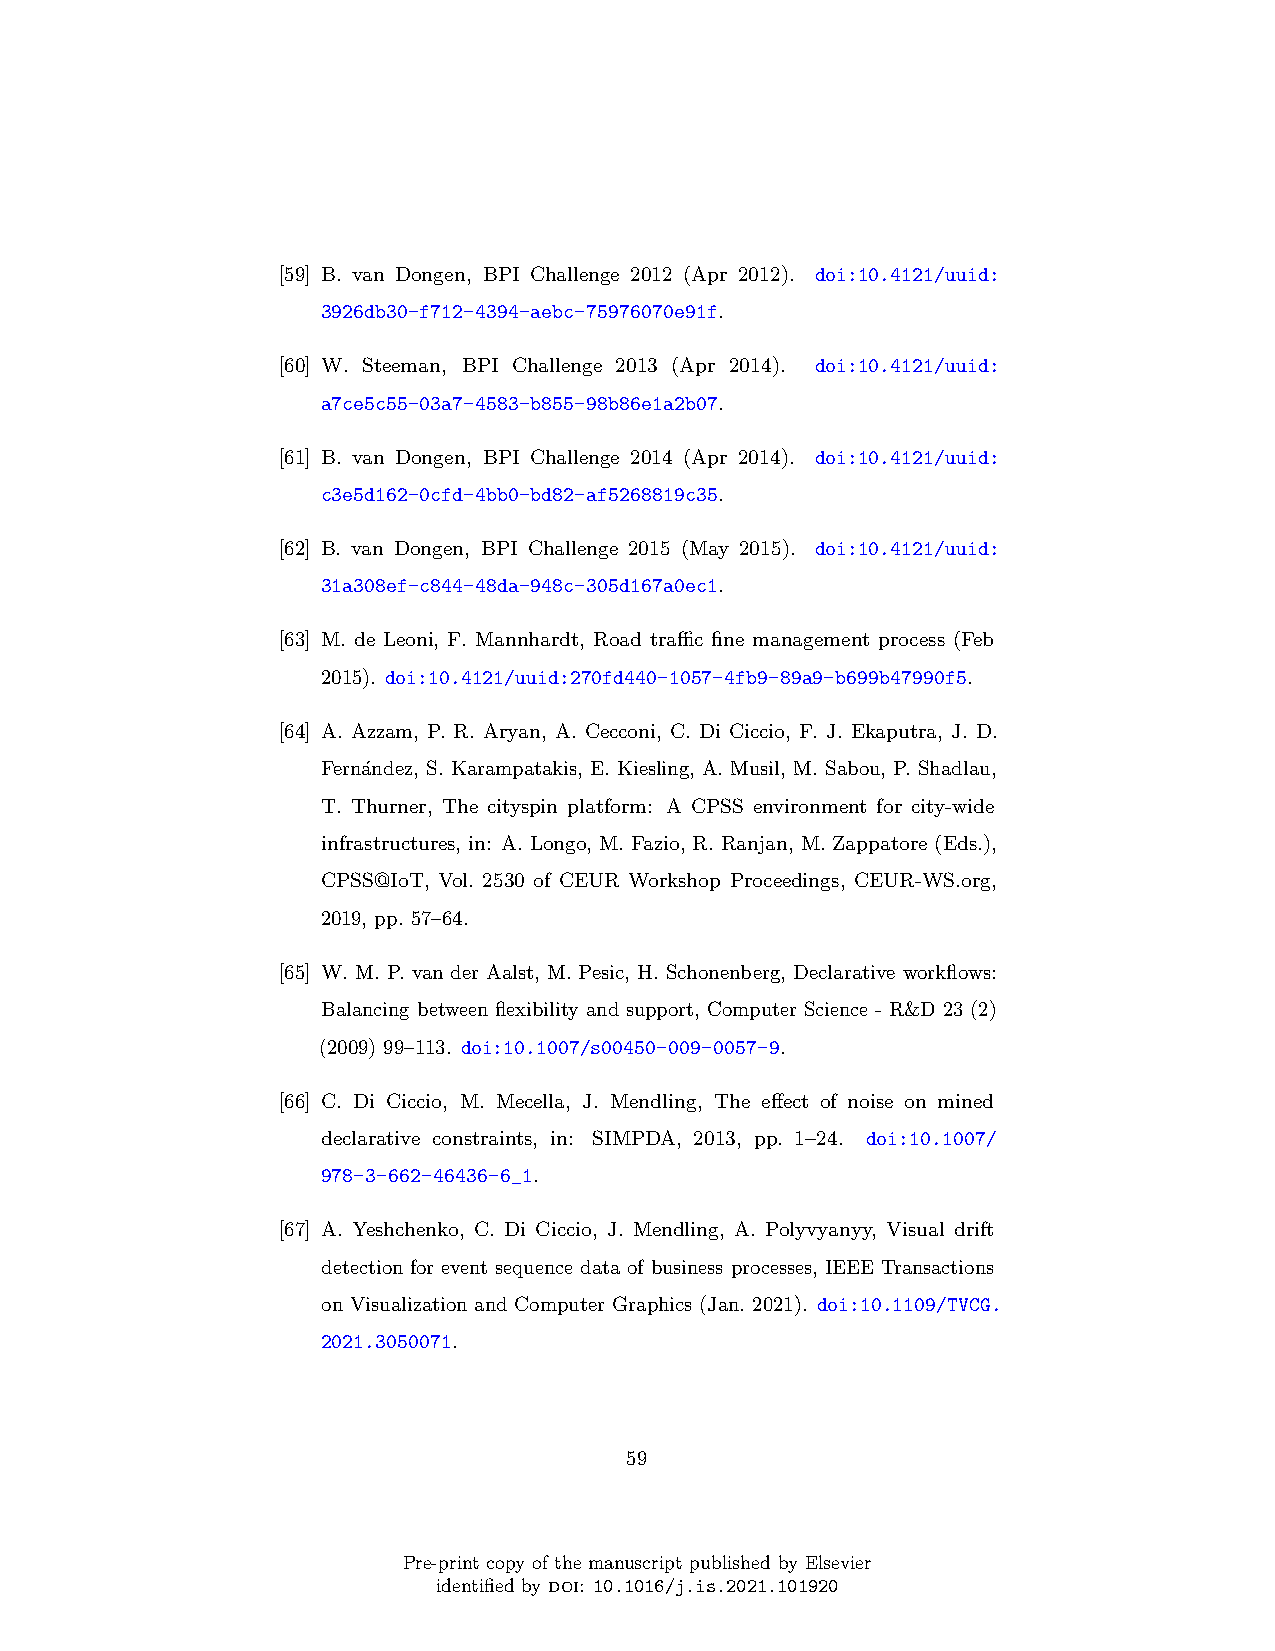
[59] B. van Dongen, BPI Challenge 2012 (Apr 2012). doi:10.4121/uuid:
 3926db30-f712-4394-aebc-75976070e91f.
 [60] W. Steeman, BPI Challenge 2013 (Apr 2014). doi:10.4121/uuid:
 a7ce5c55-03a7-4583-b855-98b86e1a2b07.
 [61] B. van Dongen, BPI Challenge 2014 (Apr 2014). doi:10.4121/uuid:
 c3e5d162-0cfd-4bb0-bd82-af5268819c35.
 [62] B. van Dongen, BPI Challenge 2015 (May 2015). doi:10.4121/uuid:
 31a308ef-c844-48da-948c-305d167a0ec1.
 [63] M. de Leoni, F. Mannhardt, Road traffic fine management process (Feb
 2015). doi:10.4121/uuid:270fd440-1057-4fb9-89a9-b699b47990f5.
 [64] A. Azzam, P. R. Aryan, A. Cecconi, C. Di Ciccio, F. J. Ekaputra, J. D.
 Ferna´ndez, S. Karampatakis, E. Kiesling, A. Musil, M. Sabou, P. Shadlau,
 T. Thurner, The cityspin platform: A CPSS environment for city-wide
 infrastructures, in: A. Longo, M. Fazio, R. Ranjan, M. Zappatore (Eds.),
 CPSS@IoT, Vol. 2530 of CEUR Workshop Proceedings, CEUR-WS.org,
 2019, pp. 57–64.
 [65] W. M. P. van der Aalst, M. Pesic, H. Schonenberg, Declarative workflows:
 Balancing between flexibility and support, Computer Science - R&D 23 (2)
 (2009) 99–113. doi:10.1007/s00450-009-0057-9.
 [66] C. Di Ciccio, M. Mecella, J. Mendling, The effect of noise on mined
 declarative constraints, in: SIMPDA, 2013, pp. 1–24. doi:10.1007/
 978-3-662-46436-6_1.
 [67] A. Yeshchenko, C. Di Ciccio, J. Mendling, A. Polyvyanyy, Visual drift
 detection for event sequence data of business processes, IEEE Transactions
 on Visualization and Computer Graphics (Jan. 2021). doi:10.1109/TVCG.
 2021.3050071.
 59
 Pre-print copy of the manuscript published by Elsevier
 identified by doi: 10.1016/j.is.2021.101920